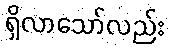
ရှိလာသော်လည်း